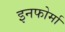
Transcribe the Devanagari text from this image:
इनफोर्मा